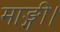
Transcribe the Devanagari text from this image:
माङ्गी।